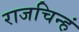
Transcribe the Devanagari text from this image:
राजचिन्हं